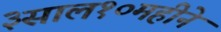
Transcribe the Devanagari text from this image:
३साल१०महीने